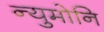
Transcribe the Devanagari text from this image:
न्युमोनि